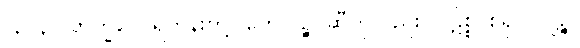
(၃၁၃) ဘိက္ခဝေ၊ ရဟန်းတို့။ တေလဉ္စ၊ ဆီကိုလည်း။ ပဋိစ္စ၊ စွဲ၍။ ဝဋ္ဋိဉ္စ၊